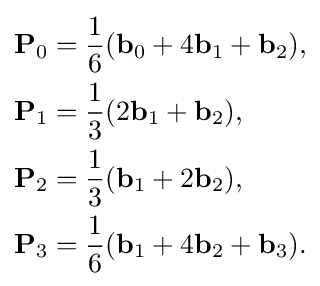
{\begin{aligned}\mathbf {P} _{0}&={\frac {1}{6}}(\mathbf {b} _{0}+4\mathbf {b} _{1}+\mathbf {b} _{2}),\\\mathbf {P} _{1}&={\frac {1}{3}}(2\mathbf {b} _{1}+\mathbf {b} _{2}),\\\mathbf {P} _{2}&={\frac {1}{3}}(\mathbf {b} _{1}+2\mathbf {b} _{2}),\\\mathbf {P} _{3}&={\frac {1}{6}}(\mathbf {b} _{1}+4\mathbf {b} _{2}+\mathbf {b} _{3}).\end{aligned}}